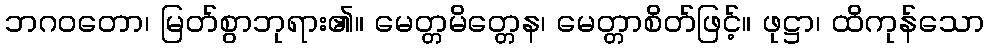
ဘဂဝတော၊ မြတ်စွာဘုရား၏။ မေတ္တမိတ္တေန၊ မေတ္တာစိတ်ဖြင့်။ ဖုဋ္ဌာ၊ ထိကုန်သော